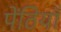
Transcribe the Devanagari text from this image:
पेंठियाँ